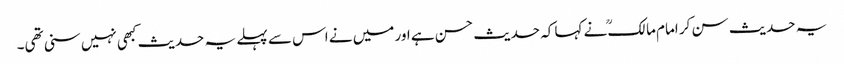
یہ حدیث سن کر امام مالکؒ نے کہا کہ حدیث حسن ہے اور میں نے اس سے پہلے یہ حدیث کبھی نہیں سنی تھی۔